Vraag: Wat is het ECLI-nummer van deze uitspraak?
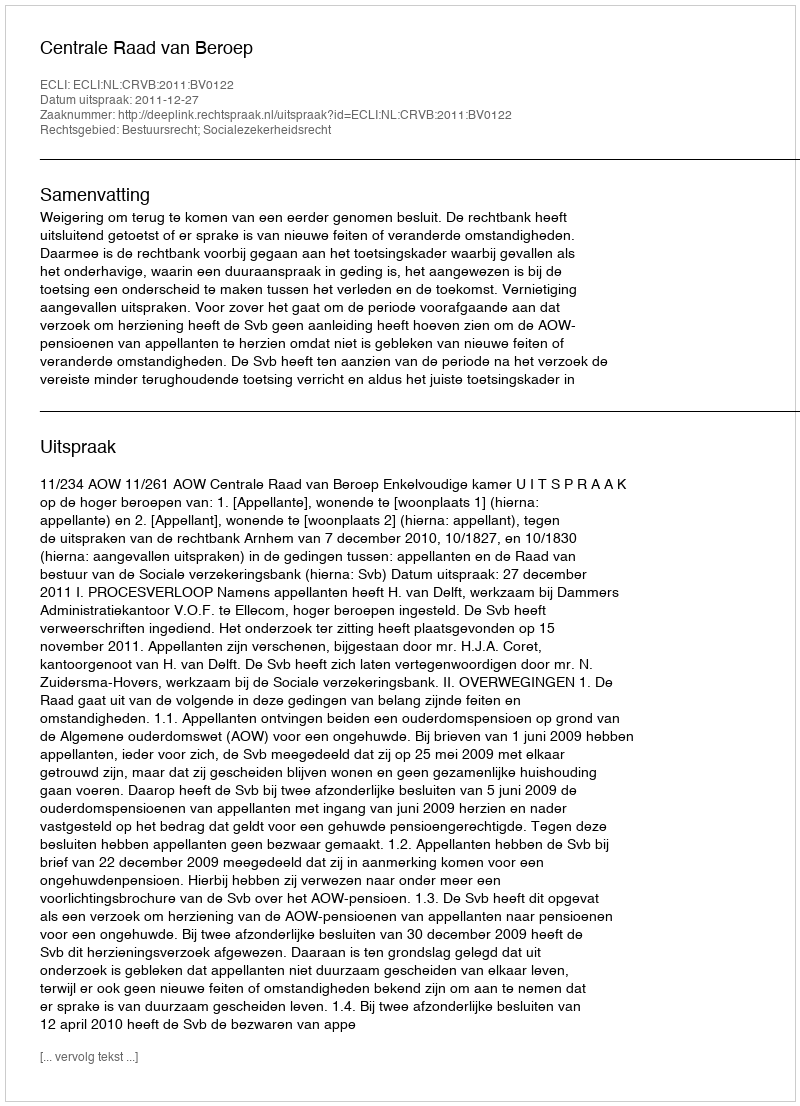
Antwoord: ECLI:NL:CRVB:2011:BV0122